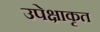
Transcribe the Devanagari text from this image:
उपेक्षाकृत